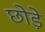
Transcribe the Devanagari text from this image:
छोड़े़